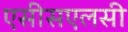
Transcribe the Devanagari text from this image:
एसीसएलसी